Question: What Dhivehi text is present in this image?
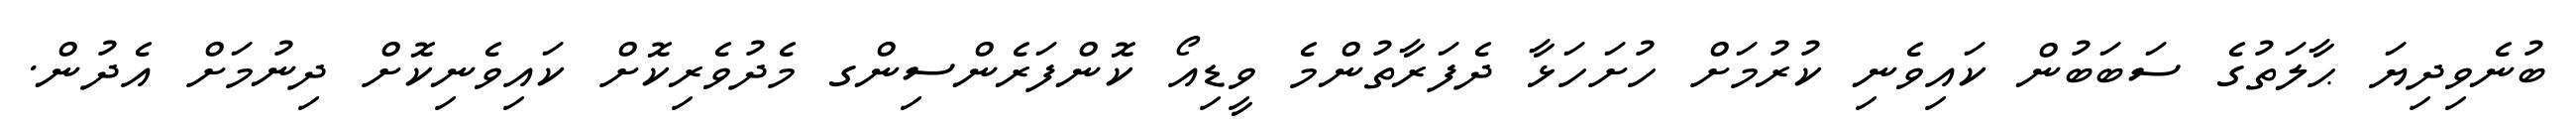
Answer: ބުނެވިދިޔަ ޙާލަތުގެ ސަބަބުން ކައިވެނި ކުރުމަށް ހުށަހަޅާ ދެފަރާތުންމެ ވީޑިއޯ ކޮންފަރެންސިންގ މެދުވެރިކޮށް ކައިވެނިކޮށް ދިނުމަށް އެދުން.